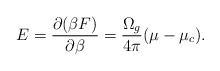
\begin{align*}E = {\partial(\beta F)\over \partial \beta} = {\Omega_g\over 4\pi}(\mu -\mu_c).\end{align*}